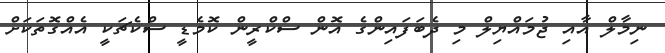
ނިމާލް އާއި ޖުމައްޔިލް މި ދެބަފައިންގެ އޮން ސްކްރީން ކޮމެޑީ ސްކެޗަކީ އެއްގޮތަކަށް